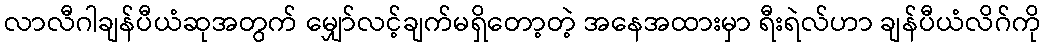
လာလီဂါချန်ပီယံဆုအတွက် မျှော်လင့်ချက်မရှိတော့တဲ့ အနေအထားမှာ ရီးရဲလ်ဟာ ချန်ပီယံလိဂ်ကို